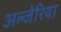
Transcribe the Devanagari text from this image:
अल्जेरिया